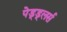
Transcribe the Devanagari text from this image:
पेड्ड्लर्स